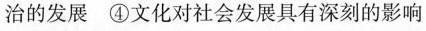
治的发展 ④文化对社会发展具有深刻的影响